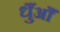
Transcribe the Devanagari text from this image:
धुँआँ